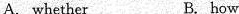
A.whether B. how